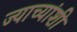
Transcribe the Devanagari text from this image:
ज्याच्यांशी